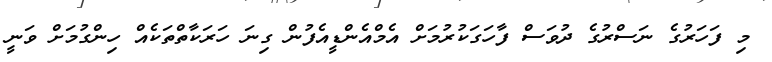
މި ފަހަރުގެ ނަސްރުގެ ދުވަސް ފާހަގަކުރުމަށް އެމްއެންޑީއެފުން ގިނަ ހަރަކާތްތަކެއް ހިންގުމަށް ވަނީ